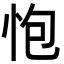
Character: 怉